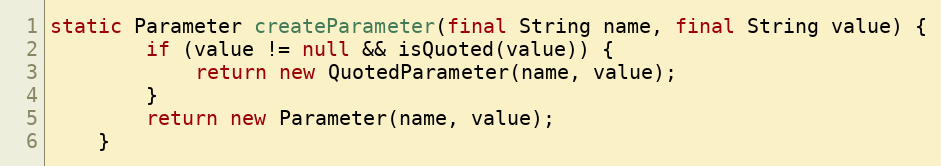
Language: Java
static Parameter createParameter(final String name, final String value) {
        if (value != null && isQuoted(value)) {
            return new QuotedParameter(name, value);
        }
        return new Parameter(name, value);
    }